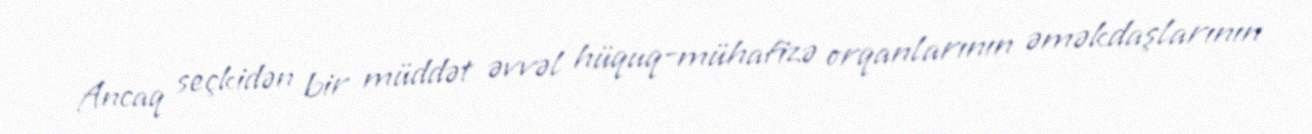
Ancaq seçkidən bir müddət əvvəl hüquq-mühafizə orqanlarının əməkdaşlarının